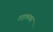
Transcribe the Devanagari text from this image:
तड़ककर